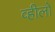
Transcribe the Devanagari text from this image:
व्हीलों